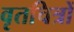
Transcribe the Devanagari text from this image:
वृतचित्रों